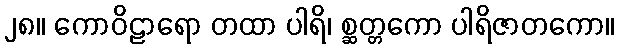
၂၈။ ကောဝိဠာရော တထာ ပါရိ၊ စ္ဆတ္တကော ပါရိဇာတကော။